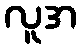
လူအ